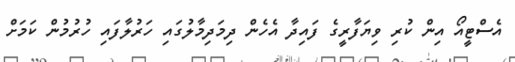
އެސްޓީއޯ އިން ކުރި ވިޔަފާރީގެ ފައިދާ އެހެން ދިމަދިމާލުގައި ހަރުލާފައި ހުރުމުން ކަމަށް